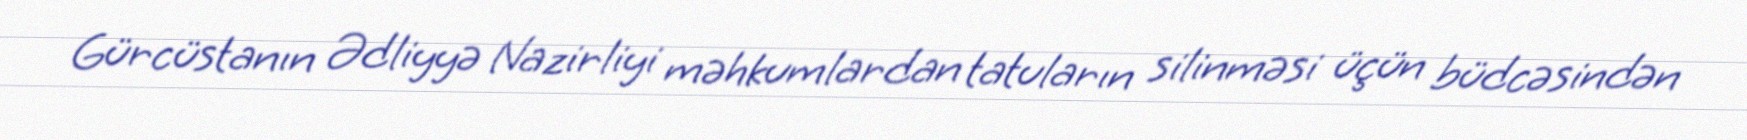
Gürcüstanın Ədliyyə Nazirliyi məhkumlardan tatuların silinməsi üçün büdcəsindən